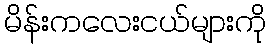
မိန်းကလေးငယ်များကို